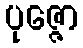
ပုဇ္ဇော